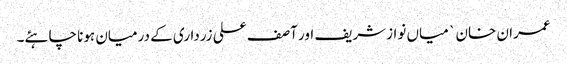
عمران خان ` میاں نوازشریف اور آصف علی زرداری کے درمیان ہونا چاہئے۔